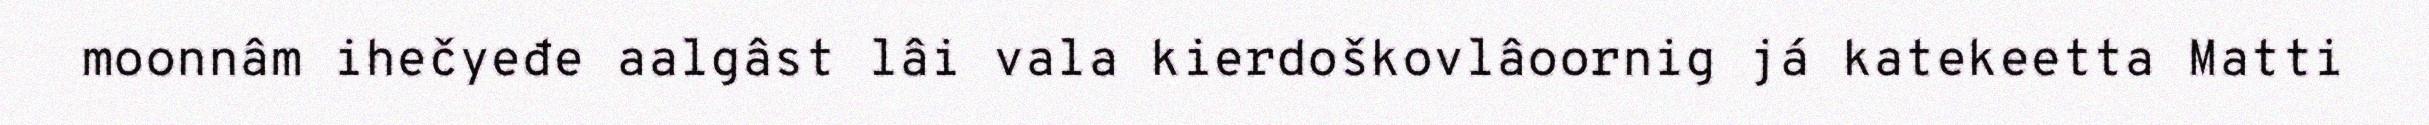
moonnâm ihečyeđe aalgâst lâi vala kierdoškovlâoornig já katekeetta Matti